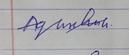
Signature authenticity: forged